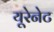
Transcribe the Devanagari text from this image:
यूरेनेट